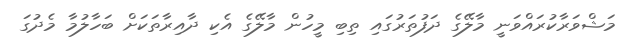
މަޝްވަރާކުރައްވަނީ މާލޭގެ ދަފުތަރުގައި ތިބި މީހުން މާލޭގެ އެކި ދާއިރާތަކަށް ބަހާލުމާ މެދުގަ